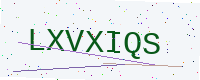
Text: LXVXIQS